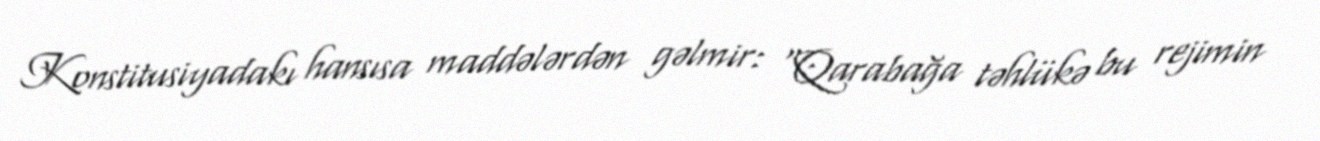
Konstitusiyadakı hansısa maddələrdən gəlmir: “Qarabağa təhlükə bu rejimin